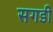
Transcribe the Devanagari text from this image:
सगडी